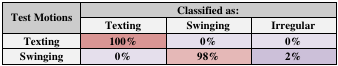
| <ROWSPAN=2> Test Motions | <COLSPAN=3> Classified as: |
 | Texting | Swinging | Irregular |
 | --- | --- | --- | --- |
 | Texting | 100% | 0% | 0% |
 | Swinging | 0% | 98% | 2% |